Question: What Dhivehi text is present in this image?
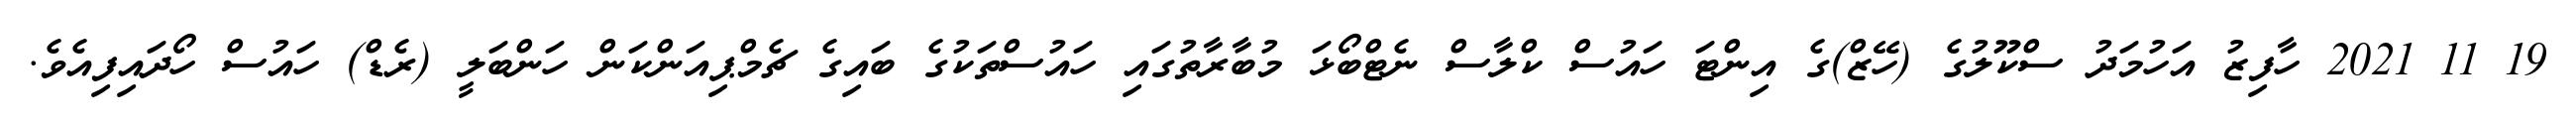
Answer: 19 11 2021 ހާފިޒު އަހުމަދު ސްކޫލުގެ (ހޭޒް)ގެ އިންޓަ ހައުސް ކްލާސް ނެޓްބޯޅަ މުބާރާތުގައި ހައުސްތަކުގެ ބައިގެ ޗެމްޕިއަންކަން ހަންބަލީ (ރެޑް) ހައުސް ހޯދައިފިއެވެ.